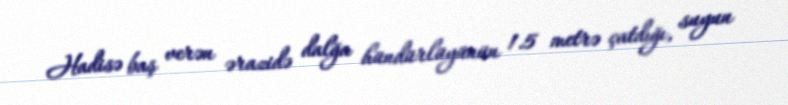
Hadisə baş verən ərazidə dalğa hündürlüyünün 1.5 metrə çatdığı, suyun